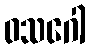
ဝသဂေါ